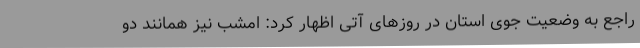
راجع به وضعیت جوی استان در روزهای آتی اظهار کرد: امشب نیز همانند دو